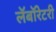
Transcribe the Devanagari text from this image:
लॅबॉरेटरी